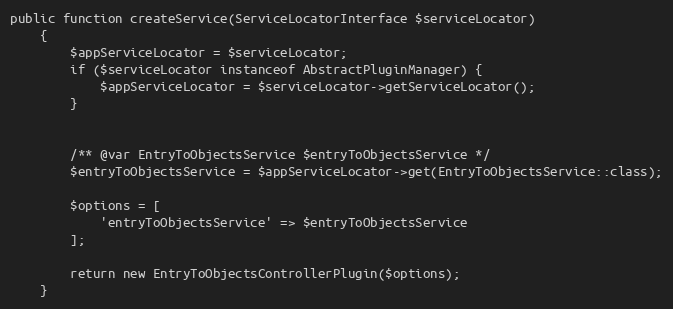
Language: PHP
public function createService(ServiceLocatorInterface $serviceLocator)
    {
        $appServiceLocator = $serviceLocator;
        if ($serviceLocator instanceof AbstractPluginManager) {
            $appServiceLocator = $serviceLocator->getServiceLocator();
        }

        /** @var EntryToObjectsService $entryToObjectsService */
        $entryToObjectsService = $appServiceLocator->get(EntryToObjectsService::class);

        $options = [
            'entryToObjectsService' => $entryToObjectsService
        ];

        return new EntryToObjectsControllerPlugin($options);
    }